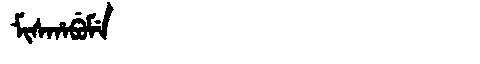
Manchu: ᠮᡳᠰᡥᠠᠪᡠᠮᡝ
Romanization: MISHABUME